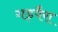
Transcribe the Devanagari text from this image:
गड़पैरा